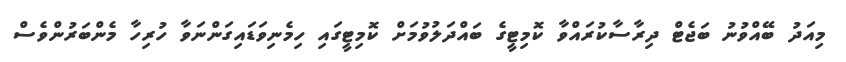
މިއަދު ބޭއްވުނު ބަޖެޓް ދިރާސާކުރައްވާ ކޮމިޓީގެ ބައްދަލުވުމަށް ކޮމިޓީގައި ހިމެނިވަޑައިގަންނަވާ ހުރިހާ މެންބަރުންވެސް